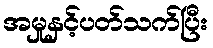
အမှုနှင့်ပတ်သက်ပြီး